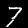
Label: 7